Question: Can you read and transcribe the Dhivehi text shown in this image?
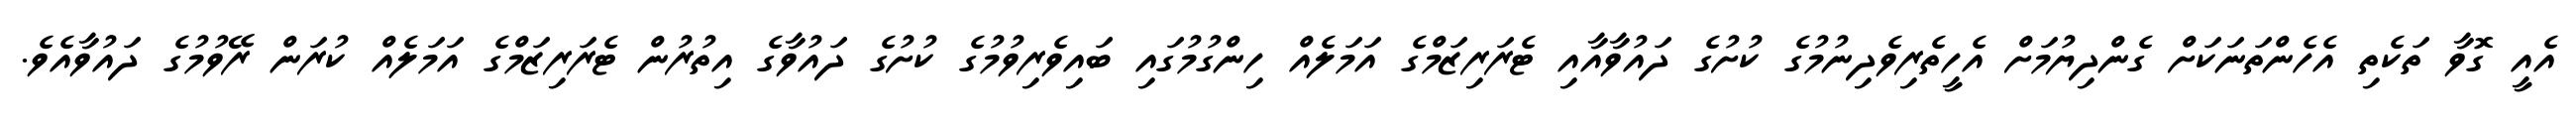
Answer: އެއީ ގޮވާ ތަކެތި އެހެންތަނަކަށް ގެންދިޔުމަށް އެހީތެރިވެދިނުމުގެ ކުށުގެ ދައުވާއާއި ޓެރަރިޒަމްގެ އަމަލެއް ހިންގުމުގައި ބައިވެރިވުމުގެ ކުށުގެ ދައުވާގެ އިތުރުން ޓެރަރިޒަމްގެ އަމަލެއް ކުރަން ރޭވުމުގެ ދައުވާއެވެ.